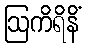
ဩကိရိနိံ